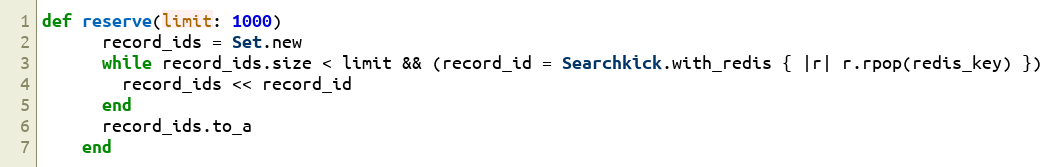
Language: Ruby
def reserve(limit: 1000)
      record_ids = Set.new
      while record_ids.size < limit && (record_id = Searchkick.with_redis { |r| r.rpop(redis_key) })
        record_ids << record_id
      end
      record_ids.to_a
    end